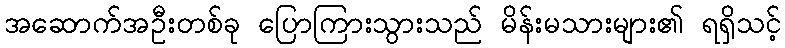
အဆောက်အဦးတစ်ခု ပြောကြားသွားသည် မိန်းမသားများ၏ ရရှိသင့်